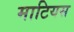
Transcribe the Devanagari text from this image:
माटियस